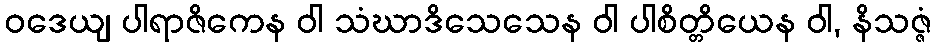
ဝဒေယျ ပါရာဇိကေန ဝါ သံဃာဒိသေသေန ဝါ ပါစိတ္တိယေန ဝါ, နိသဇ္ဇံ